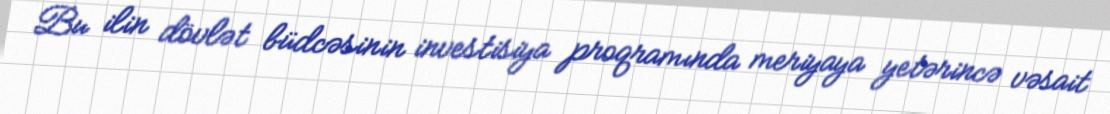
Bu ilin dövlət büdcəsinin investisiya proqramında meriyaya yetərincə vəsait